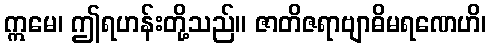
ဣမေ၊ ဤရဟန်းတို့သည်။ ဇာတိဇရာဗျာဓိမရဏေဟိ၊